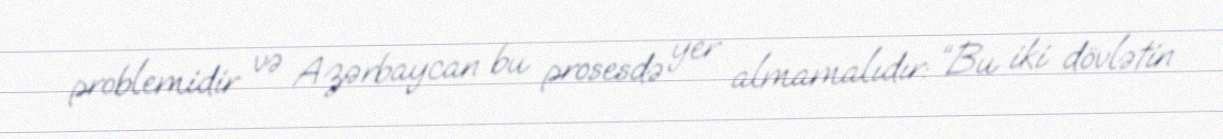
problemidir və Azərbaycan bu prosesdə yer almamalıdır: “Bu iki dövlətin